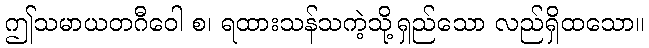
ဤသမာယတဂီဝေါ စ၊ ရထားသန်သကဲ့သို့ရှည်သော လည်ရှိထသော။